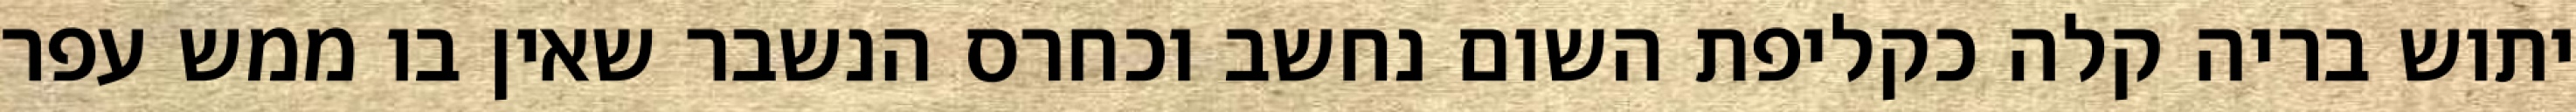
יתוש בריה קלה כקליפת השום נחשב וכחרס הנשבר שאין בו ממש עפר